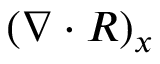
( \nabla \cdot R ) _ { x }